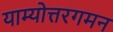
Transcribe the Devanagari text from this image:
याम्योत्तरगमन